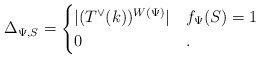
\begin{align*}\Delta_{\Psi,S}=\begin{cases} |(T^\vee(k))^{W(\Psi)}| & f_\Psi(S)=1\\0 & .\end{cases}\end{align*}